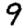
Digit: 9